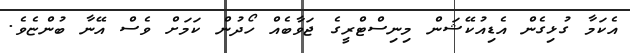
އެކަމާ ގުޅިގެން އެޑިއުކޭޝަން މިނިސްޓްރީގެ ޖަވާބެއް ހޯދުން ކަމަށް ވެސް އޭނާ ބުންޏެވެ.